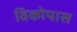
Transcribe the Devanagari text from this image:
विकोपास